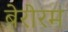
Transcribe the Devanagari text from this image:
बेरोरम